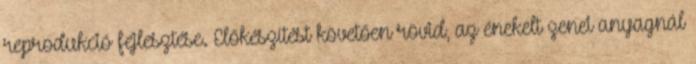
reprodukció fejlesztése. Előkészítést követően rövid, az énekelt zenei anyagnál